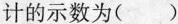
计的示数为( )